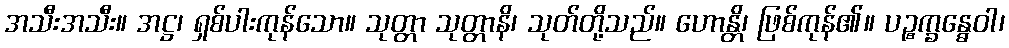
အသီးအသီး။ အဋ္ဌ၊ ရှစ်ပါးကုန်သော။ သုတ္တာ သုတ္တာနိ၊ သုတ်တို့သည်။ ဟောန္တိ၊ ဖြစ်ကုန်၏။ ပဉ္စက္ခန္ဓေဝါ၊